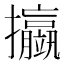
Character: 𢺆